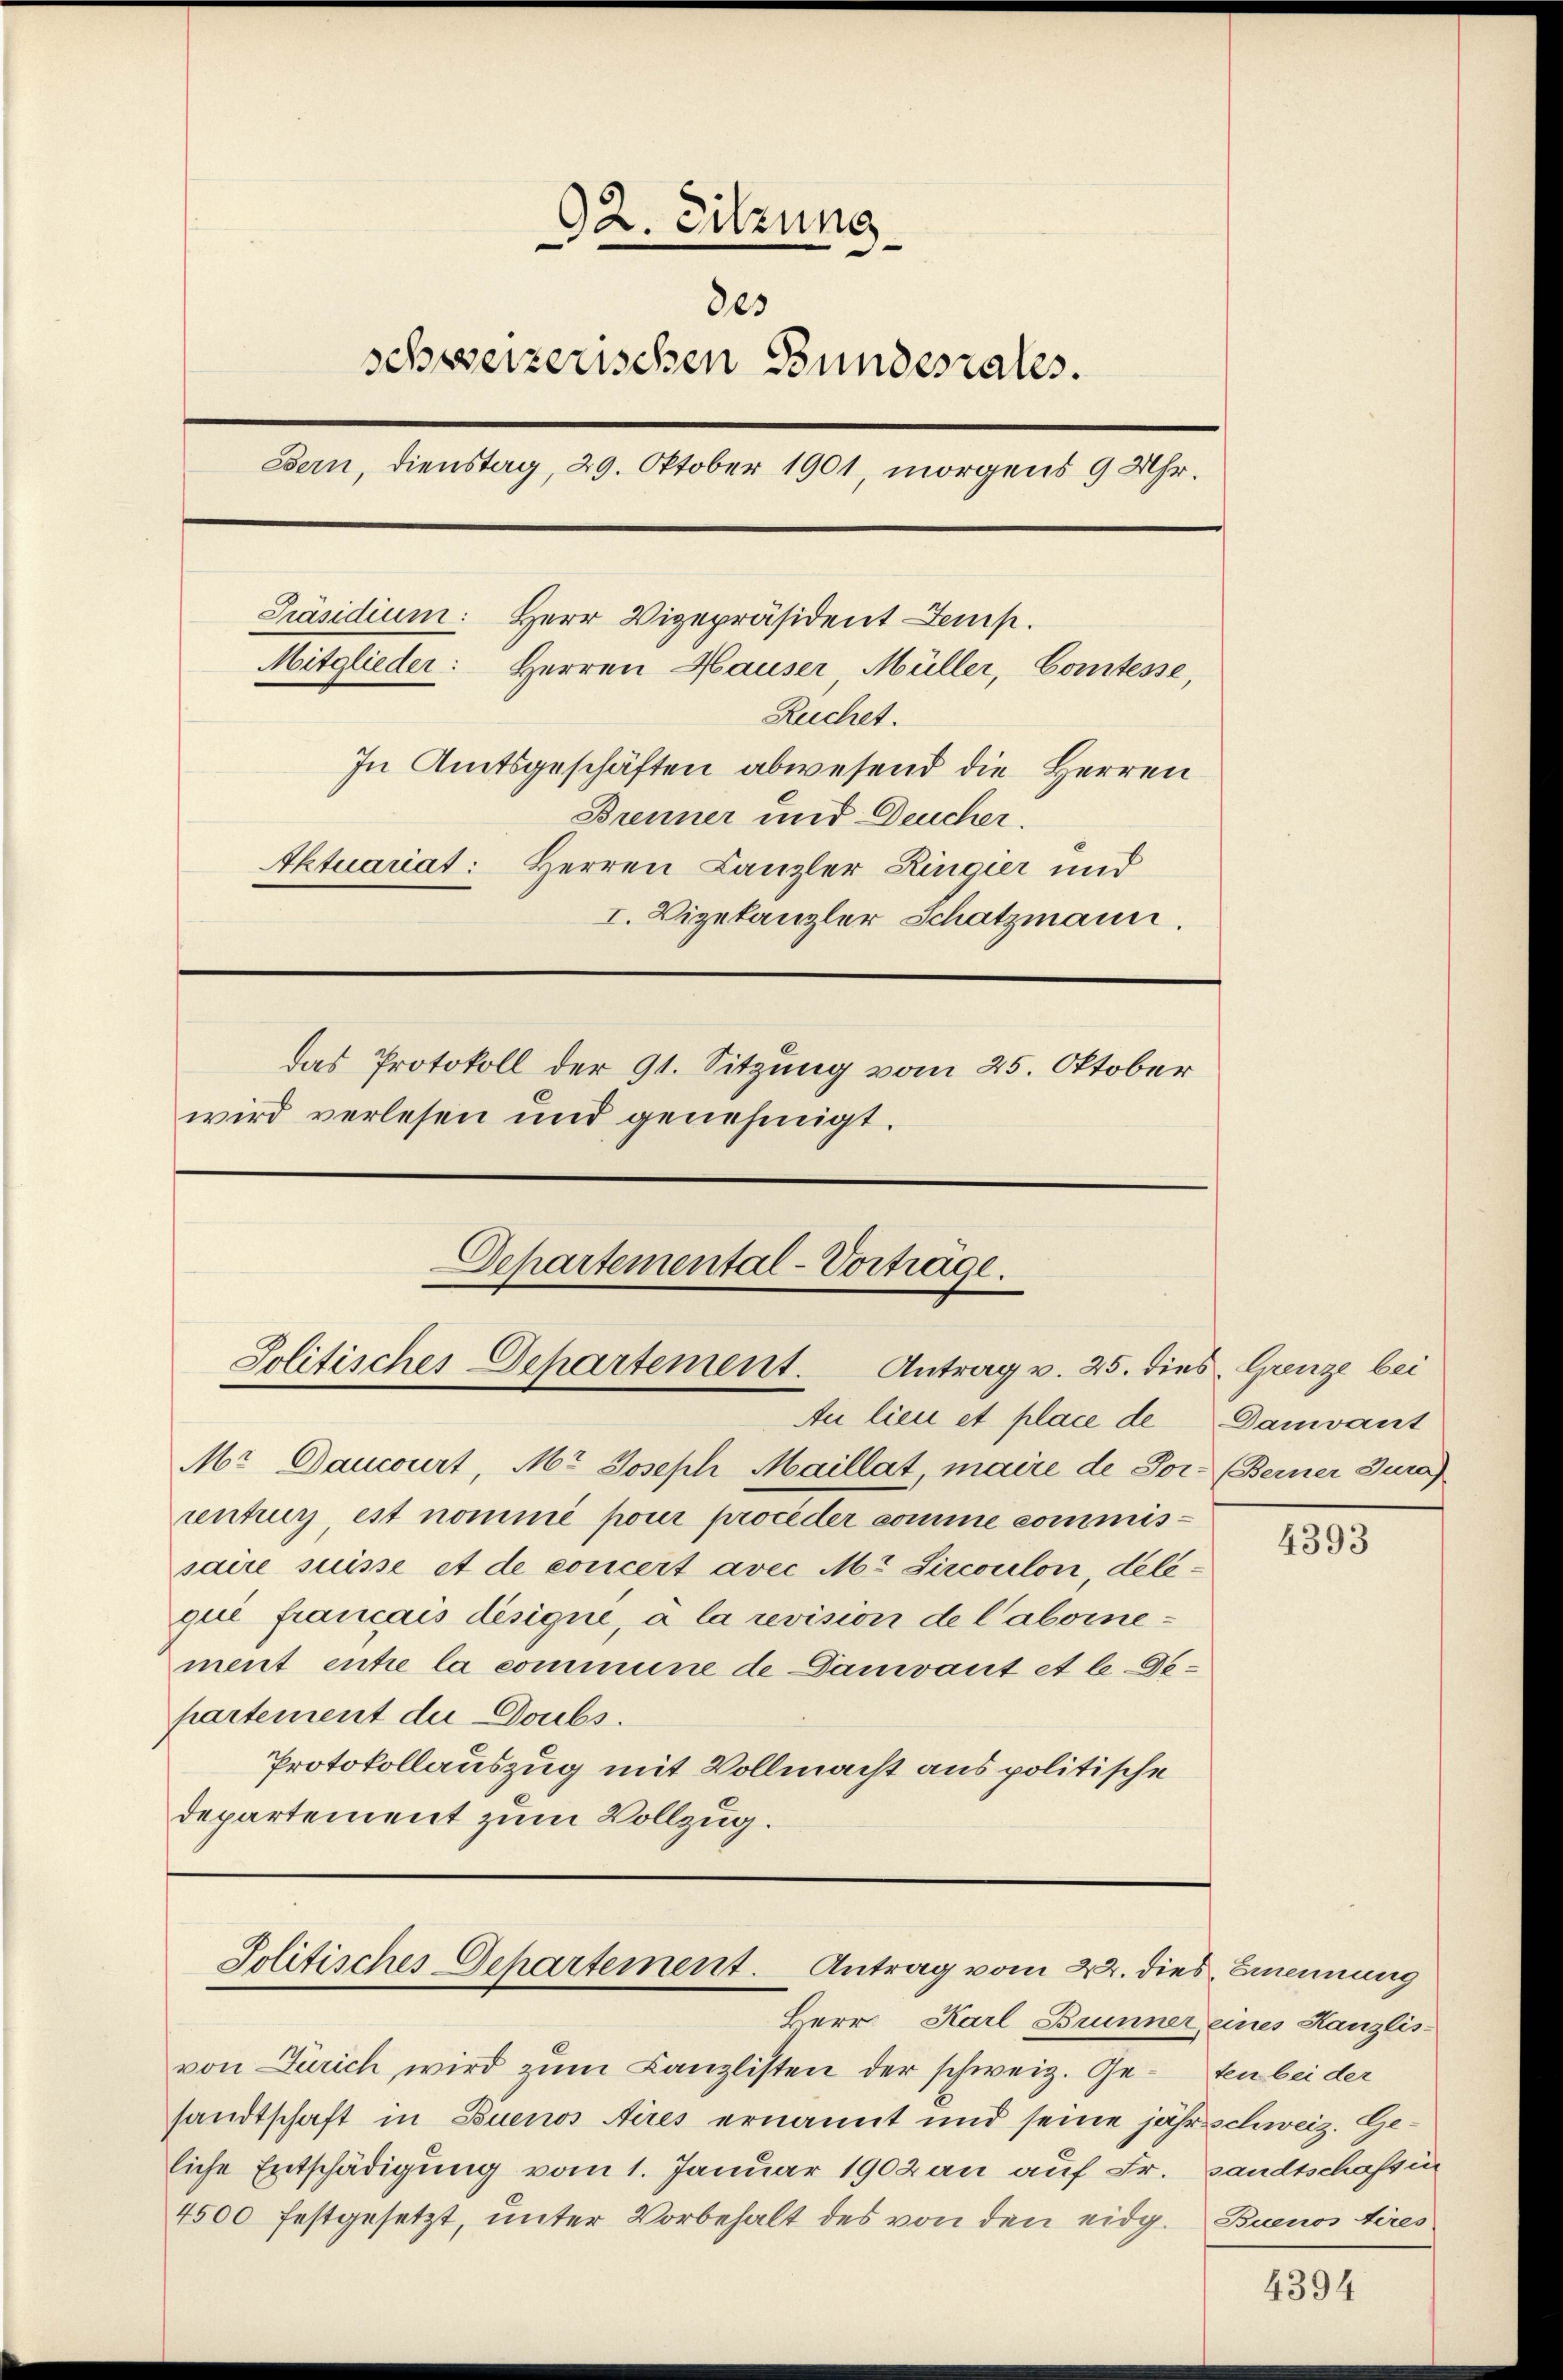
92. Sitzung
.
803
schweizerischen Bundesrates.
Bern, dienstag, 29. Oktober 1901, morgens 9 Uhr.
Präsidium: Herr Vizepräsident emp
Mitglieder: Herren Hauser, Müller, Comtesse,
Ruchet.
In Amtsgeschäften abwesend die Herren
Brenner und Deucher.
Ektuariat: Herren Canzler Ringier und
I. Vizekanzler Schatzmann.
das Protokoll der 91. Sitzung vom 25. Oktober
wird verlesen und genehmigt.

Dchartemental-Vorträge.
Solitisches Departement. Antrag v. 25. die
Au lieu et place de

Mr Dancourt, Mr. Joseph Maillat maire de Jor. (Berner Jura)
centrug, est nommé pour proceder komme commissaire suisse et de concert avec Mt Sircoulon, deligul francais desique à la revision de labornement entre la commune de Damiant et le-Departement du Doubs.
Protokollauszug mit Vollmacht aus politische
departement zum Vollzug.

Jolitisches Gehartement. Antrag vom 22. dies meinung
Herr Karl Brunner eines Kanzlis¬

von Zürich wird zum Canzlisten der schweiz. Gesandtschaft in Buenos Aires ernannt und seine jährschweiz. Geliche Entschädigung vom 1. Januar 1902 an auf Fr. sandtschaften
4500 festgesetzt, unter Vorbehalt des von den eidg.

es. Grenze bei
Damvant

4393

ten bei der
Buenos Aires

4394